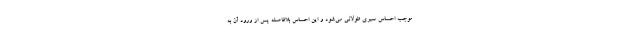
موجب احساس سیری طولانی می‌شود و این احساس بلافاصله پس از ورود آن به